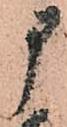
申